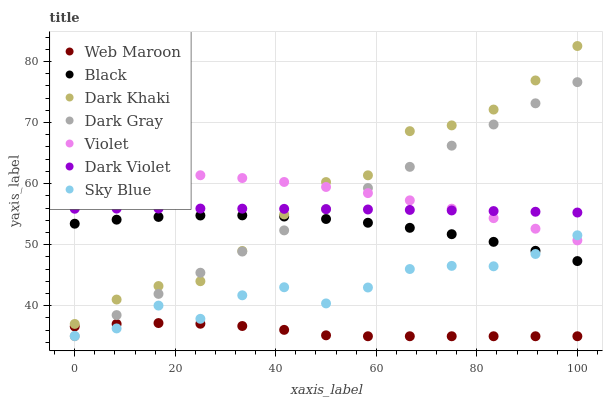
| xaxis_label | Web Maroon | Black | Dark Khaki | Dark Gray | Violet | Dark Violet | Sky Blue |
 | --- | --- | --- | --- | --- | --- | --- | --- |
 | 0 | 36.6 | 53.4 | 37 | 35 | 61.7 | 55.9 | 35 |
 | 8.33 | 37 | 54.1 | 41 | 38.5 | 61.7 | 55.9 | 36.3 |
 | 16.7 | 37.2 | 54.5 | 43.2 | 41.9 | 61.6 | 55.9 | 40 |
 | 25 | 37 | 54.8 | 44 | 45.4 | 61.4 | 55.9 | 37.9 |
 | 33.3 | 36.7 | 54.8 | 49 | 48.9 | 60.9 | 55.9 | 41.7 |
 | 41.7 | 36 | 54.6 | 55 | 52.3 | 60.3 | 55.9 | 43 |
 | 50 | 35.2 | 54.2 | 60.3 | 55.8 | 59.4 | 55.8 | 40.4 |
 | 58.3 | 35 | 53.6 | 61.4 | 59.3 | 58.4 | 55.8 | 43 |
 | 66.7 | 35 | 52.8 | 68.6 | 62.7 | 57.3 | 55.7 | 46 |
 | 75 | 35 | 51.7 | 69.5 | 66.2 | 55.9 | 55.6 | 46.5 |
 | 83.3 | 35 | 50.5 | 72.1 | 69.7 | 54.3 | 55.5 | 46.5 |
 | 91.7 | 35 | 49 | 76.9 | 73.2 | 52.6 | 55.4 | 48.5 |
 | 100 | 35 | 47.3 | 82.5 | 76.6 | 50.7 | 55.3 | 51.5 |